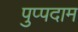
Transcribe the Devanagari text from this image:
पुप्पदाम